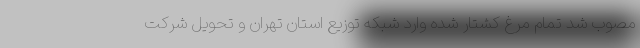
مصوب شد تمام مرغ کشتار شده وارد شبکه توزیع استان تهران و تحویل شرکت